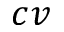
c v